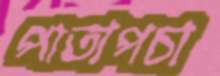
পাতাপচা